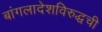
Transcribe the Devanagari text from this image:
बांगलादेशविरुद्धची